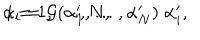
\alpha _ { i } = { \cal { G } } ( \alpha _ { 1 } ^ { \prime } , \ldots , \alpha _ { N } ^ { \prime } ) \; \alpha _ { i } ^ { \prime } , \hspace { 1 0 m m } i = 1 , \ldots , N ,